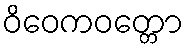
ဝိဝေကဝတ္တော